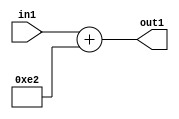
`timescale 1ps / 1ps
/*****************************************************************************
    Verilog RTL Description
    
    
    Created by: Stratus DpOpt 2019.1.01 
*******************************************************************************/

module DC_Filter_Add_12U_49_4 (
	in1,
	out1
	); /* architecture "behavioural" */ 
input [11:0] in1;
output [11:0] out1;
wire [11:0] asc001;

assign asc001 = 
	+(in1)
	+(12'B000011100010);

assign out1 = asc001;
endmodule

/* CADENCE  urn0Sw4= : u9/ySgnWtBlWxVPRXgAZ4Og= ** DO NOT EDIT THIS LINE ******/